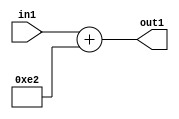
`timescale 1ps / 1ps
/*****************************************************************************
    Verilog RTL Description
    
    
    Created by: Stratus DpOpt 2019.1.01 
*******************************************************************************/

module DC_Filter_Add_12U_49_4 (
	in1,
	out1
	); /* architecture "behavioural" */ 
input [11:0] in1;
output [11:0] out1;
wire [11:0] asc001;

assign asc001 = 
	+(in1)
	+(12'B000011100010);

assign out1 = asc001;
endmodule

/* CADENCE  urn0Sw4= : u9/ySgnWtBlWxVPRXgAZ4Og= ** DO NOT EDIT THIS LINE ******/